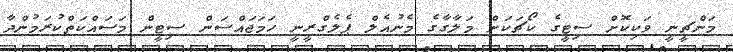
މަންޗީނީ ވަކިކޮށް ސިޓީގެ ކޯޗަކަށް މަލާގާގެ މެނުއެލް ޕެލެގްރީނީ ހަމަޖައްސަން ސިޓީން މަސައްކަތްކުރަމުންދާ